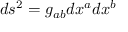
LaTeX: d s ^ { 2 } = g _ { a b } d x ^ { a } d x ^ { b }